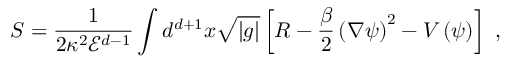
S = \frac { 1 } { 2 \kappa ^ { 2 } { \mathcal E } ^ { d - 1 } } \int d ^ { d + 1 } x \sqrt { | g | } \left[ R - \frac { \beta } { 2 } \left( \nabla \psi \right) ^ { 2 } - V \left( \psi \right) \right] \ ,